Document type: bank_statement
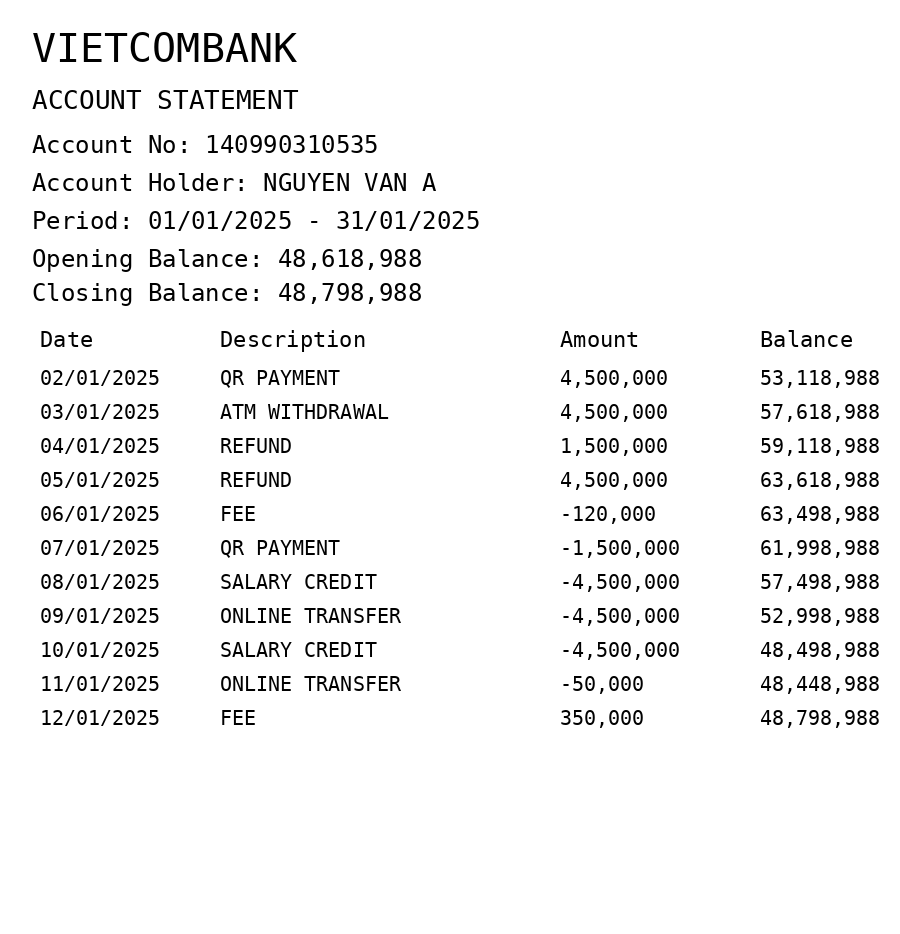
OCR transcript:
VIETCOMBANK
ACCOUNT STATEMENT
Account No: 140990310535
Account Holder: NGUYEN VAN A
Period: 01/01/2025 - 31/01/2025
Opening Balance: 48,618,988
Closing Balance: 48,798,988
Date
Description
Amount
Balance
02/01/2025
QR PAYMENT
4,500,000
53,118,988
03/01/2025
ATM WITHDRAWAL
4,500,000
57,618,988
04/01/2025
REFUND
1,500,000
59,118,988
05/01/2025
REFUND
4,500,000
63,618,988
06/01/2025
FEE
-120,000
63,498,988
07/01/2025
QR PAYMENT
-1,500,000
61,998,988
08/01/2025
SALARY CREDIT
-4,500,000
57,498,988
09/01/2025
ONLINE TRANSFER
-4,500,000
52,998,988
10/01/2025
SALARY CREDIT
-4,500,000
48,498,988
11/01/2025
ONLINE TRANSFER
-50,000
48,448,988
12/01/2025
FEE
350,000
48,798,988
Extracted fields:
bank_name: vietcombank
account_number: 140990310535
account_holder: nguyen van a
statement_period: 01/01/2025 - 31/01/2025
opening_balance: 48618988
closing_balance: 48798988
transactions: date: 2025-01-02
description: qr payment
amount: 4500000
balance: 53118988
date: 2025-01-03
description: atm withdrawal
amount: 4500000
balance: 57618988
date: 2025-01-04
description: refund
amount: 1500000
balance: 59118988
date: 2025-01-05
description: refund
amount: 4500000
balance: 63618988
date: 2025-01-06
description: fee
amount: -120000
balance: 63498988
date: 2025-01-07
description: qr payment
amount: -1500000
balance: 61998988
date: 2025-01-08
description: salary credit
amount: -4500000
balance: 57498988
date: 2025-01-09
description: online transfer
amount: -4500000
balance: 52998988
date: 2025-01-10
description: salary credit
amount: -4500000
balance: 48498988
date: 2025-01-11
description: online transfer
amount: -50000
balance: 48448988
date: 2025-01-12
description: fee
amount: 350000
balance: 48798988